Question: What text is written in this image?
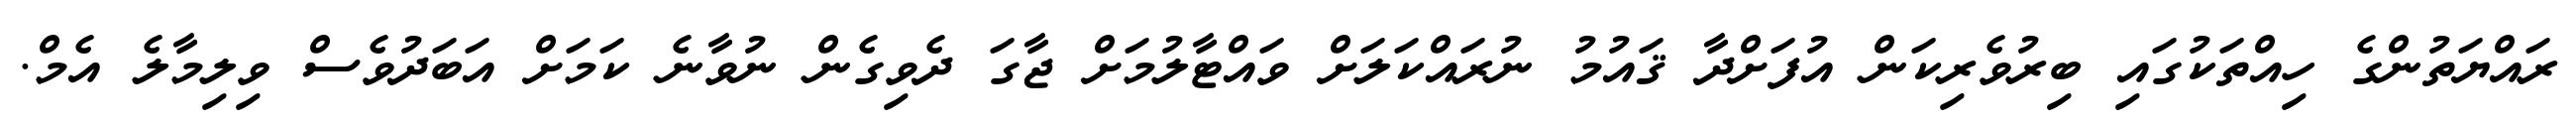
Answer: ރައްޔަތުންގެ ހިއްތަކުގައި ބިރުވެރިކަން އުފަށްދާ ޤައުމު ނުރައްކަލަށް ވައްޓާލުމަށް ޖާގަ ދެވިގެން ނުވާނެ ކަމަށް އަބަދުވެސް ވިލިމާލެ އެމް.